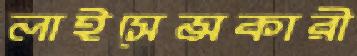
লাইসেন্সকারী